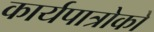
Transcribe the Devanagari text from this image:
कार्यपात्रोको